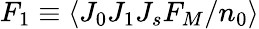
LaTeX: F_{1}\equiv\langle J_{0}J_{1}J_{s}F_{M}/n_{0}\rangle